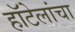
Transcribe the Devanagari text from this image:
हॉटेलांचा